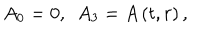
LaTeX: A _ { 0 } = 0 , \, \, \, A _ { 3 } = A \left( t , r \right) ,